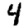
Digit: 4